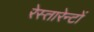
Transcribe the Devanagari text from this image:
रेस्तारेन्टों